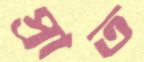
প্রাত